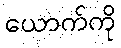
ယောက်ကို